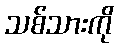
သစ်သားကို